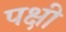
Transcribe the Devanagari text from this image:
पक्षी